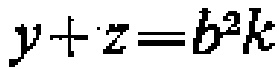
$y + z = b^{2}k$